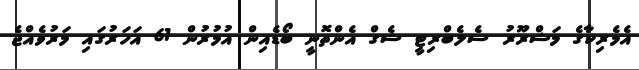
އެމެރިކާގެ މަޝްރޫރު ސެލެބްރިޓީ ޝެގް އެންތޮނީ ބޯޑެއިން އުމުރުން 61 އަހަރުގައި މަރުވެއްޖެ